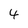
Character: 4